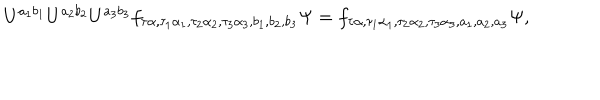
U ^ { a _ { 1 } b _ { 1 } } U ^ { a _ { 2 } b _ { 2 } } U ^ { a _ { 3 } b _ { 3 } } f _ { \tau \alpha , \tau _ { 1 } \alpha _ { 1 } , \tau _ { 2 } \alpha _ { 2 } , \tau _ { 3 } \alpha _ { 3 } , b _ { 1 } , b _ { 2 } , b _ { 3 } } \Psi = f _ { \tau \alpha , \tau _ { 1 } \alpha _ { 1 } , \tau _ { 2 } \alpha _ { 2 } , \tau _ { 3 } \alpha _ { 3 } , a _ { 1 } , a _ { 2 } , a _ { 3 } } \Psi ,